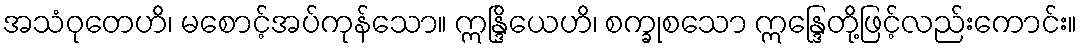
အသံဝုတေဟိ၊ မစောင့်အပ်ကုန်သော။ ဣန္ဒြိယေဟိ၊ စက္ခုစသော ဣန္ဒြေတို့ဖြင့်လည်းကောင်း။